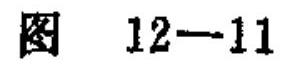
图 12—11